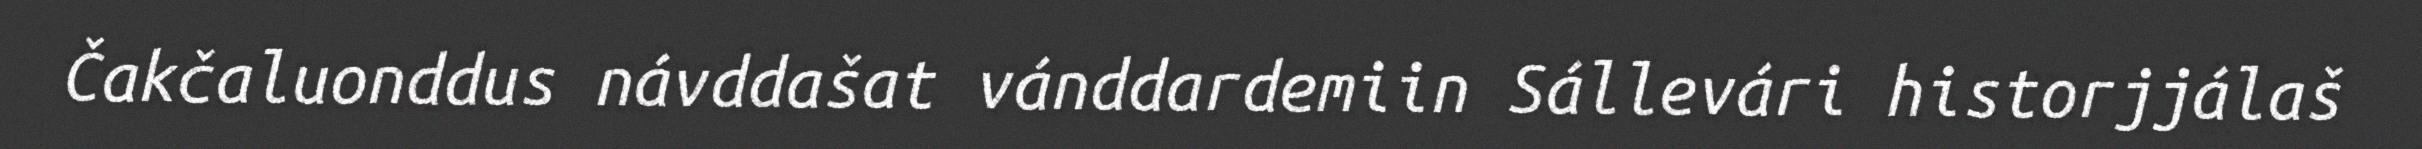
Čakčaluonddus návddašat vánddardemiin Sállevári historjjálaš